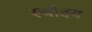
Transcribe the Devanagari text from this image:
स्वोदय